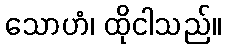
သောဟံ၊ ထိုငါသည်။